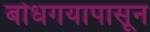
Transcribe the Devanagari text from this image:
बोधगयापासून